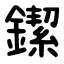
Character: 䥛